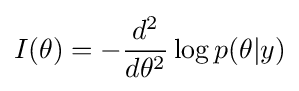
I(\theta )=-{\frac {d^{2}}{d\theta ^{2}}}\log p(\theta |y)